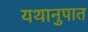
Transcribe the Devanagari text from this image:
यथानुपात